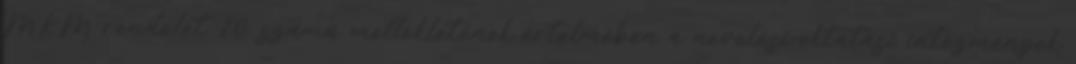
MKM rendelet 10. számú mellékletének értelmében a nevelési-oktatási intézmények